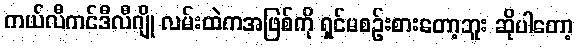
ကယ်လီကင်ဒီလီဂျို လမ်းထဲကအဖြစ်ကို ရှင်မစဉ်းစားတော့ဘူး ဆိုပါတော့